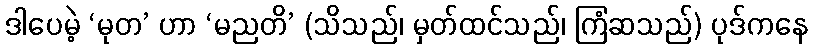
ဒါပေမဲ့ ‘မုတ’ ဟာ ‘မညတိ’ (သိသည်၊ မှတ်ထင်သည်၊ ကြံဆသည်) ပုဒ်ကနေ